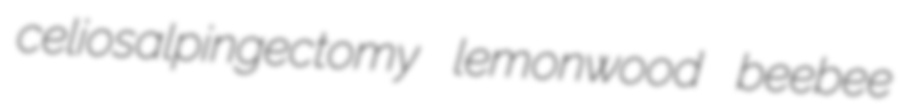
celiosalpingectomy lemonwood beebee